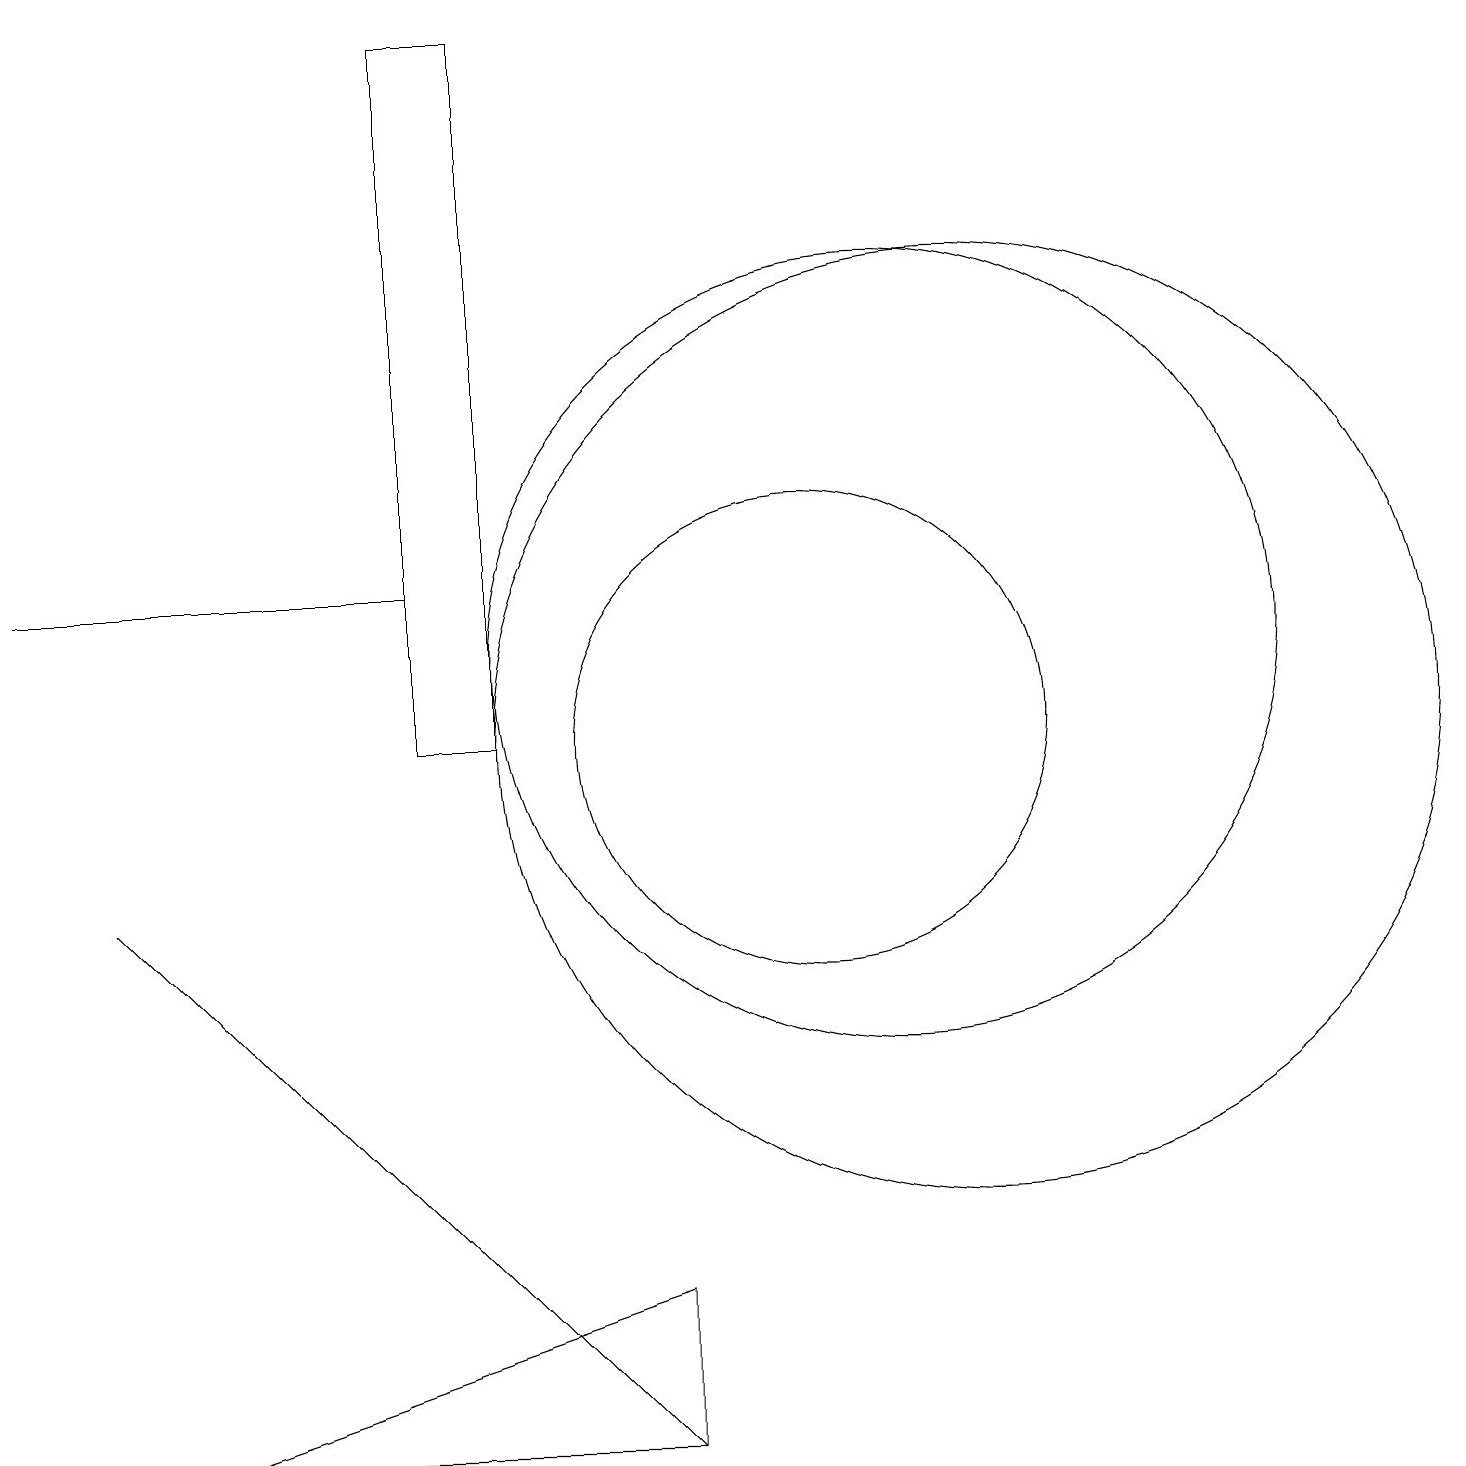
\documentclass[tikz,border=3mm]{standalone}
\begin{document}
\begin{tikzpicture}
\draw (0,12) rectangle (5,12);
\draw (5,10) rectangle (6,19);
\draw (11,11) circle (5);
\draw (10,10) circle (3);
\draw (8,3) -- (2,1) -- (8,1) -- cycle;
\draw (8,1) -- (1,8) -- (6,3) -- cycle;
\draw (12,10) circle (6);
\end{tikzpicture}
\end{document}